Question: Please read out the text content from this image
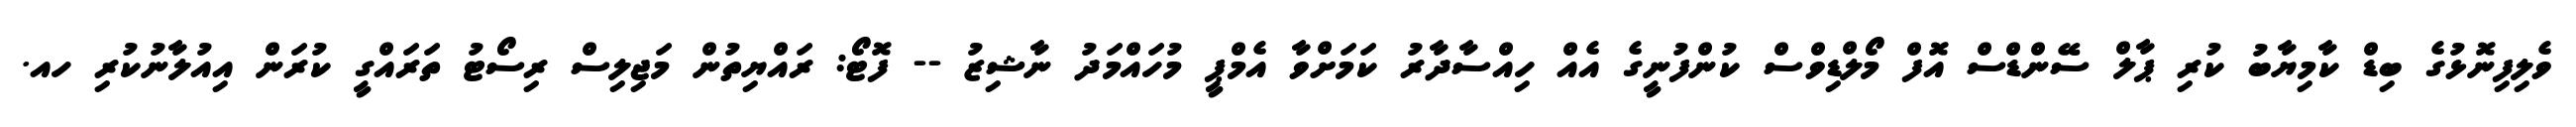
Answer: ވެލިފިނޮޅުގެ ބިޑް ކާމިޔާބު ކުރި ޕާލް ސޭންޑްސް އޮފް މޯލްޑިވްސް ކުންފުނީގެ އެއް ހިއްސާދާރު ކަމަށްވާ އެމްޕީ މުހައްމަދު ނާޝިޒު -- ފޮޓޯ: ރައްޔިތުން މަޖިލިސް ރިސޯޓު ތަރައްގީ ކުރަން އިއުލާނުކުރި ހއ.